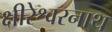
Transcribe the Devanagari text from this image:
क्षीरेश्वरनाथ